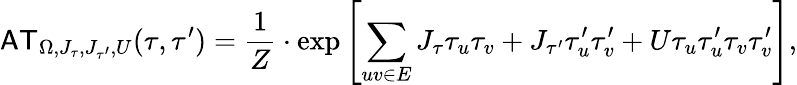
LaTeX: {\sf AT}_{\Omega,J_{\tau},J_{\tau^{\prime}},U}(\tau,\tau^{\prime})=\frac{1}{Z}\cdot\exp\left[\sum_{uv\in E}J_{\tau}\tau_{u}\tau_{v}+J_{\tau^{\prime}}\tau_{u}^{\prime}\tau_{v}^{\prime}+U\tau_{u}\tau_{u}^{\prime}\tau_{v}\tau_{v}^{\prime}\right],